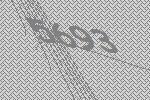
5693